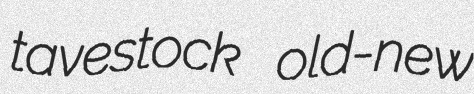
tavestock old-new